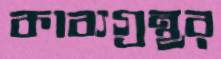
কাব্যগ্রন্থর